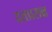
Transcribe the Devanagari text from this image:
दत्तप्रसन्न